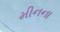
મીનના